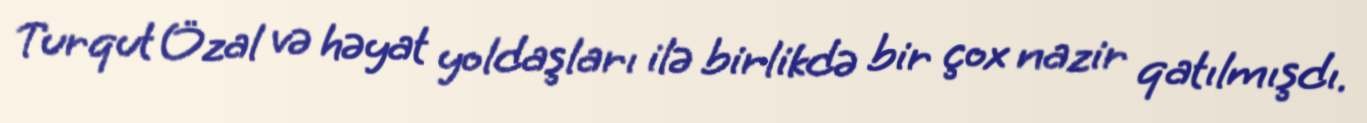
Turqut Özal və həyat yoldaşları ilə birlikdə bir çox nazir qatılmışdı.